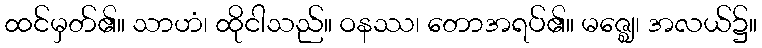
ထင်မှတ်၏။ သာဟံ၊ ထိုငါသည်။ ဝနဿ၊ တောအရပ်၏။ မဇ္ဈေ၊ အလယ်၌။